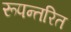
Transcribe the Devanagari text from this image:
रूपन्तरित